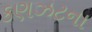
કણઝટના